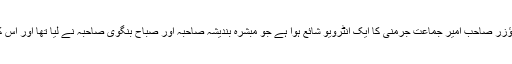
٭	اس شمارہ میں مکرم عبداللہ واگس ہاؤزر صاحب امیر جماعت جرمنی کا ایک انٹرویو شائع ہوا ہے جو مبشرہ بندیشہ صاحبہ اور صباح بنگوی صاحبہ نے لیا تھا اور اس کا ترجمہ شگفتہ سلیم صاحبہ نے کیا ہے۔